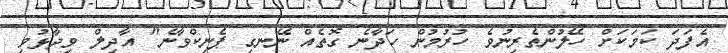
އެފަދަ ކަމަކަށް ހޭލުންތެރިނުވެ ހުރުމުން ހަދާނެ ގޮތެއް ނޭނގި ޕެނިކްވާނެ" އާދިލް ވިދާޅުވި